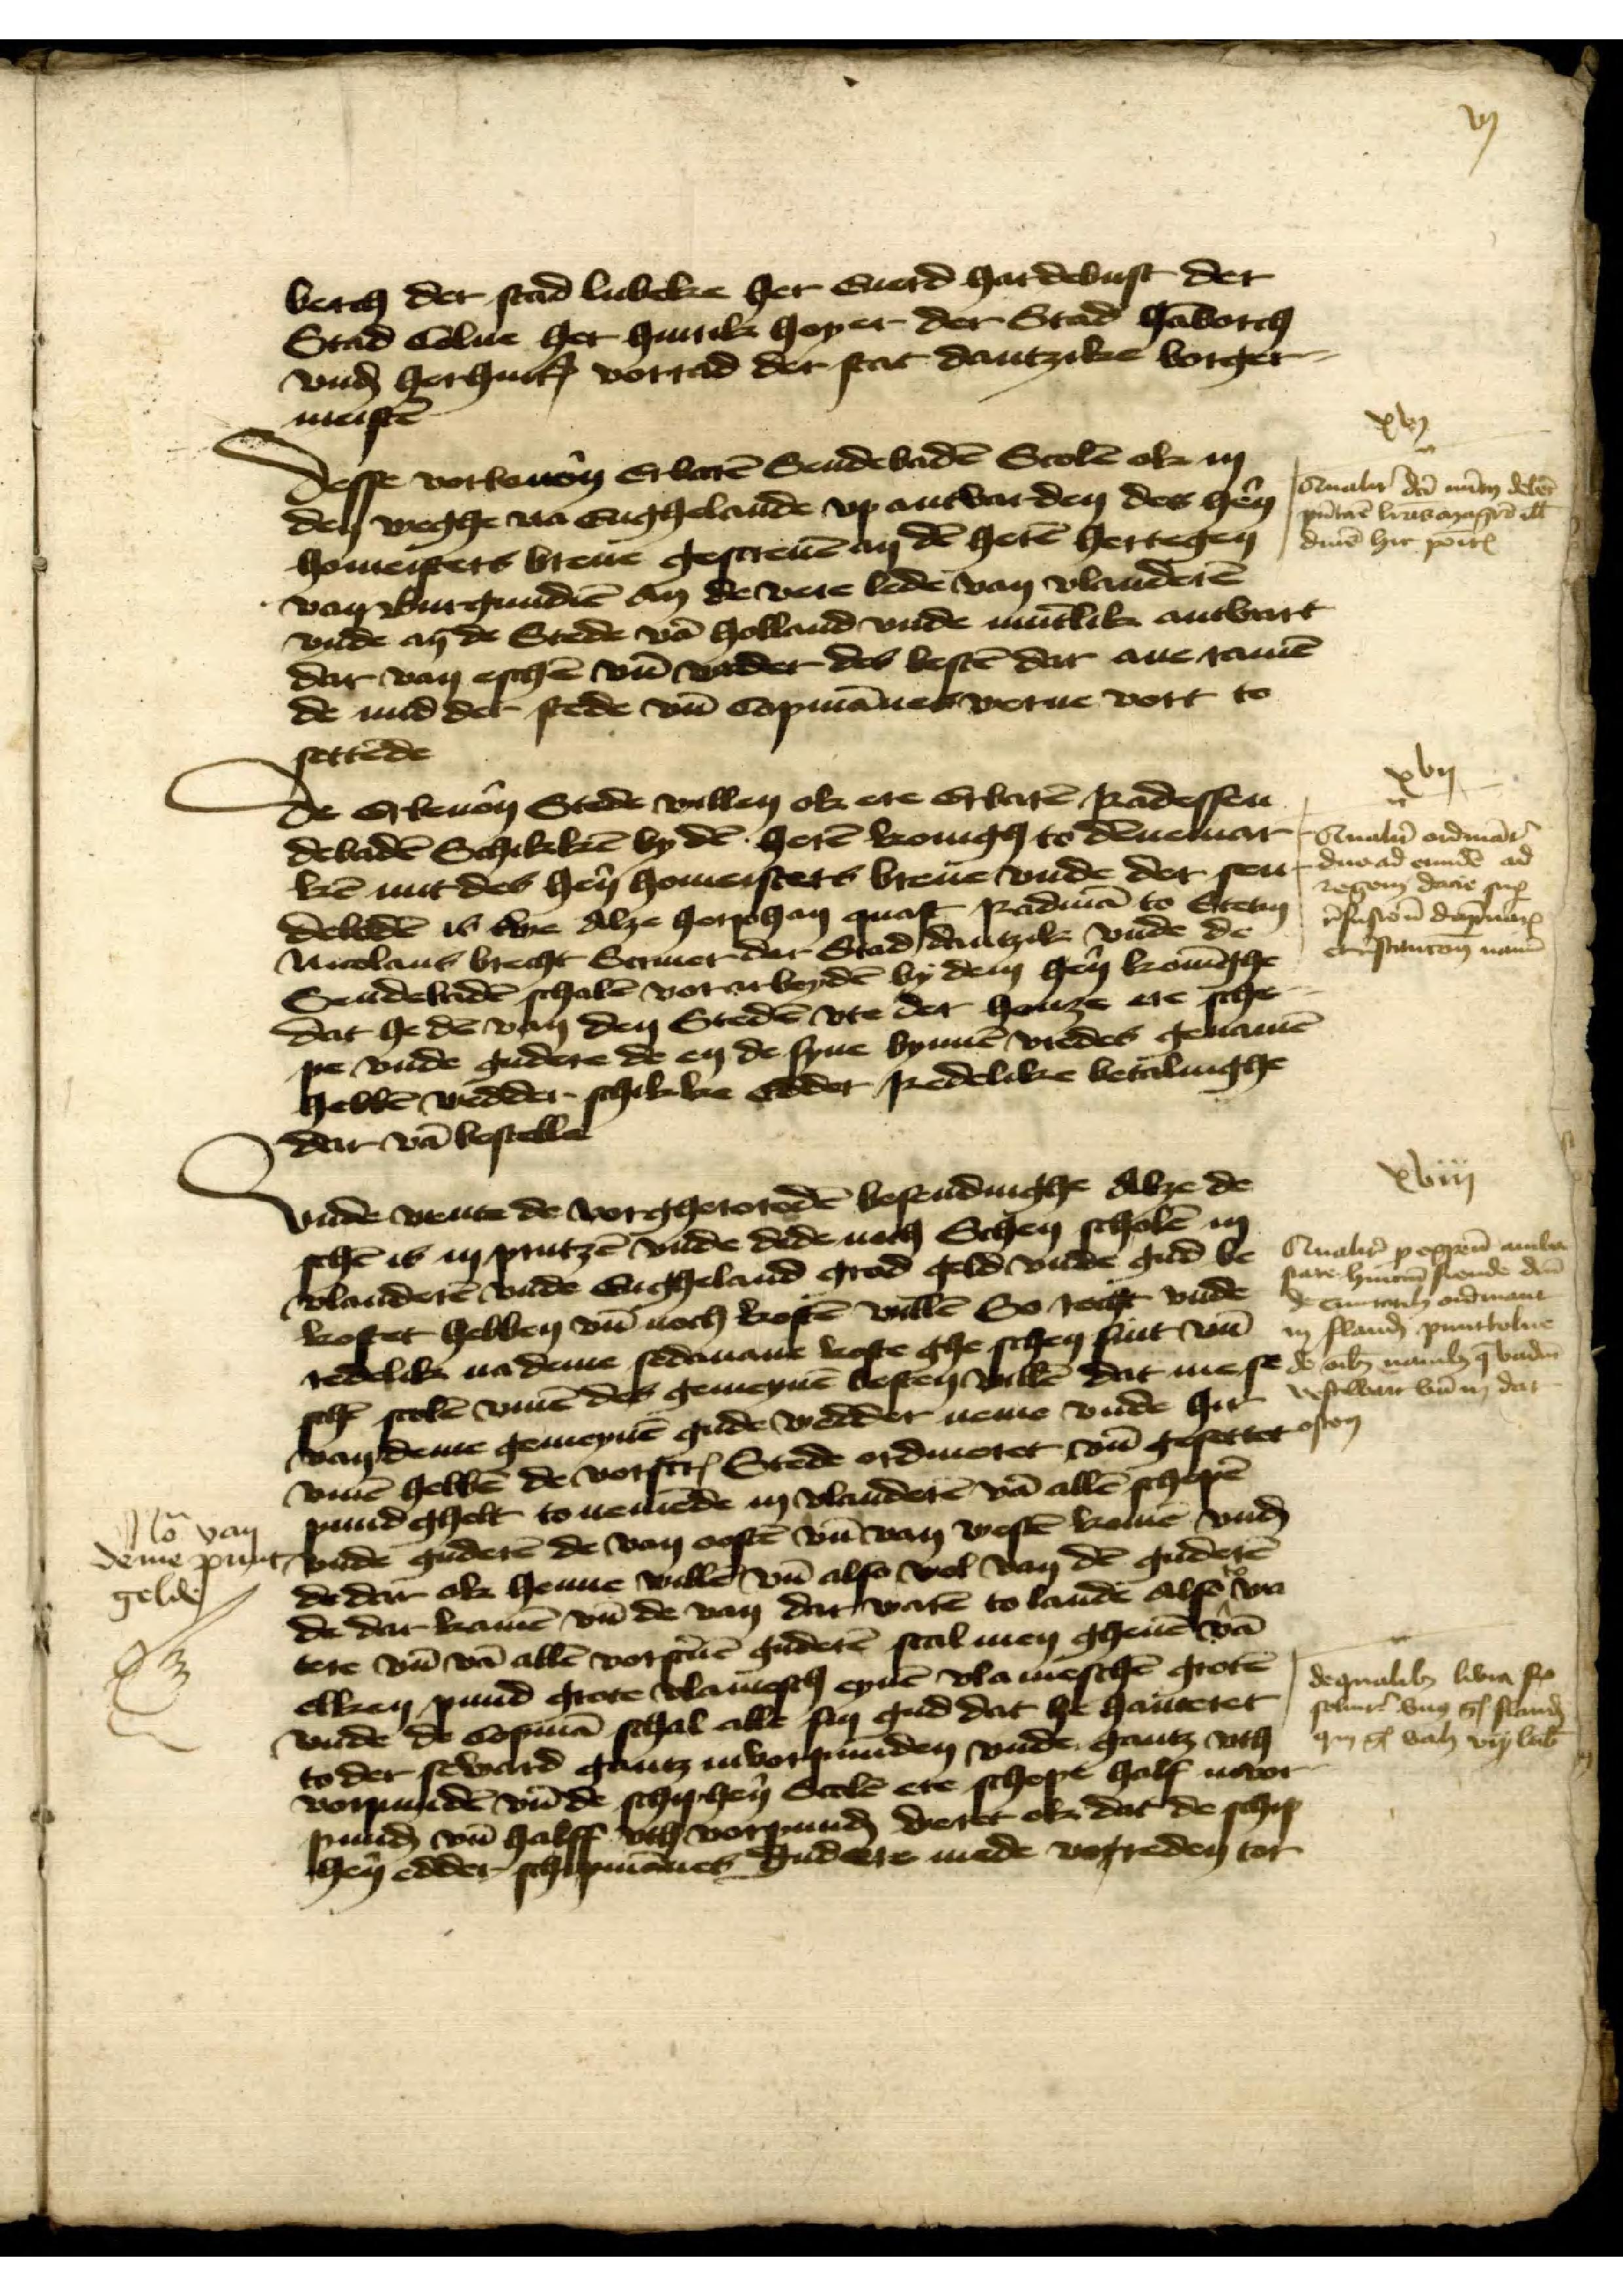
berch der stad Lubeke her Eeerd Hardebust der
Stad Colne her Hinrik Hoyer der Stad Hamborch
vnde her Hinrik Vorrad der stat Dantzike borger¬
meister

desse vorbeuoren Erbaren Sendebaden Scolen ok in
den weghe na Enghelande vp antwarden des heren
homeisters breue gescreuen an den heren hertogen
van Burgundien an de vere lede van Vlanderen
vnde an de Stede van Holland vnde muntlik antwart
dat van eschen vnd vnder des besten dar ane ramen
de mid der stede vnd Copmanne werue vort to
settende

xt
deualen den man dele
puntuen brus orhia ed
dinen hir poten

de Erbeuoren Stede willen ok ere Erbaren Radessen¬
debaden Schikken by den heren konigh to Dennemar¬
ken mit des heren homeistere breue vnde der sen¬
deboden is vne Alze horphan quast Radman to Stetin
Nicolaus Brecht Screuer der Stad Dantzike vnde de
Sendebaden schalen vorarbeyden by dem heren koninghe¬
dat he den van den Steden vte der henze ere sche¬
pe vnde guderen de en de syne bynnen vredes genamen
hebben wedder schikke Edder Redelike betalinghe
dar van bestelle

obij
4
Cualun andmat
aduo ad ernde are
regem dare su
pfuston dpmark
estencom nane

Vnde wente de vorgheroreden besendinghe Alze de
schen is in Prutzen vnde dede noch Schen scholen in
Vlanderen vnde Engheland grad geld vnde gud be¬
kostet hebben vnd noch kosten willen So recht vnde
redelik na deme sedanane koste ghe schen sint vnd
schen scelen vmme des gemeynen besten willen dat mest
van deme gemeynen gude vedder neme vnde hir
vmme hebben de vorscreuen Stede ordineret vnd gesettet osen
ppund ghelt touelende in Vlanderen van allen schopen
deme punt bnde guderen de van ooften vn van Vesten komen
de dar ok henne willen vnd also wol van den guderen
de dar kamen vnd de van dat weten to lande alse to wa¬
tere vnd van allen vorscreuen guderen scal men gheuen van
elken pund grote vlamesch eynen vlameschen groten
vnde de Copman schal alle sin gud dat he hanteret
to der sevard gantz invorpunden vnde gantz vth
vorpunde vnd de schipheren Scolen ere schepe half invor¬
punden vnd halff vth vorpunden weret ok dat de schip¬
heren edder schipmanes gudere mede vorreden tor

Biij
Aualies pegenen wibo
state hmm Sende der
de untah ordmant
in Fland punttolne
de obmd namid vaden
osen
Vestwar vn in dat

dequalikn libre fe
samten vns s sland
4iij g van vyj Lube

No van
gelde